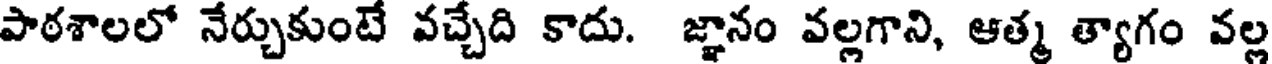
పాఠశాలలో నేర్చుకుంటే వచ్చేది కాదు. జ్ఞానం వల్లగాని, ఆత్మ త్యాగం వల్ల